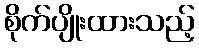
စိုက်ပျိုးထားသည့်